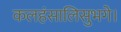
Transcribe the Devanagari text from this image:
कलहंसालिसुभगे।